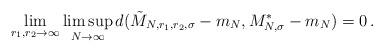
LaTeX: \begin{align*}\lim_{r_1, r_2\to \infty}\limsup_{N\to \infty}d(\tilde M_{N, r_1, r_2, \sigma} - m_N, M^*_{N, \sigma} - m_N) = 0\,.\end{align*}